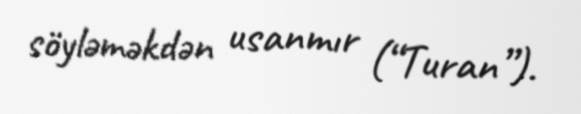
söyləməkdən usanmır (“Turan”).